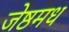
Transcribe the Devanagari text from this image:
जेष्ठमध